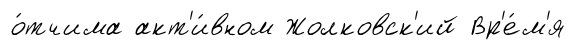
о́тчима акт'и́вном Жолковск'ий Вр'е́м'я